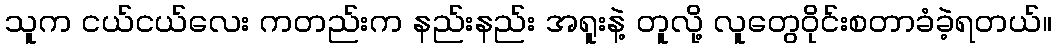
သူက ငယ်ငယ်လေး ကတည်းက နည်းနည်း အရူးနဲ့ တူလို့ လူတွေဝိုင်းစတာခံခဲ့ရတယ်။